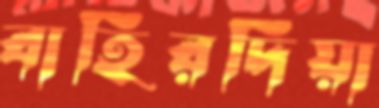
বাহিরদিয়া